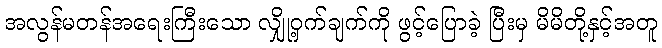
အလွန်မတန်အရေးကြီးသော လျှို့ဝှက်ချက်ကို ဖွင့်ပြောခဲ့ ပြီးမှ မိမိတို့နှင့်အတူ